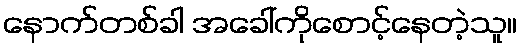
နောက်တစ်ခါ အခေါ်ကိုစောင့်နေတဲ့သူ။